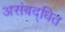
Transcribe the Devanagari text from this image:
असंबद्धित